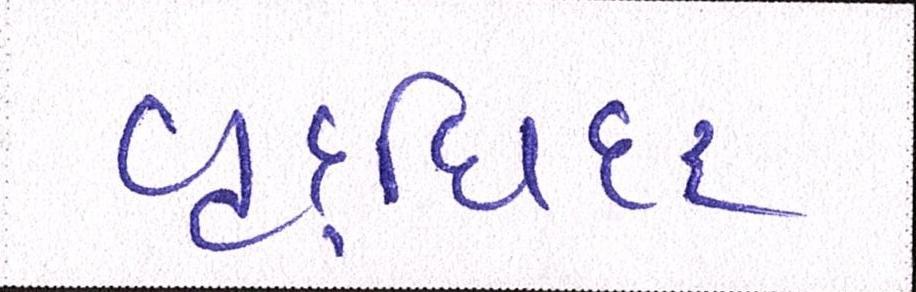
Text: વૃદ્ધિદર